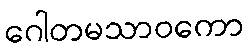
ဂေါတမသာဝကော